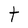
Character: t